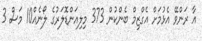
އާ ރަންވޭ އެޅުމަށް އެގްޒިމް ބެންކުން 373 މިލިއަންޑޮލަރުގެ ލޯނެއް10 މަސް 3